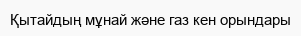
Қытайдың мұнай және газ кен орындары